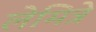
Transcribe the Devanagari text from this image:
लेमित्रे